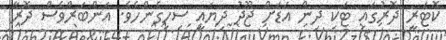
ކޮޓަރީ ދޮރުގައި ޓަކި ދިން އަޑަށް ޖޫދު ދިޔައީ ސިހިގެންހެވެ. އަންބަރްވެސް ދޮރާ